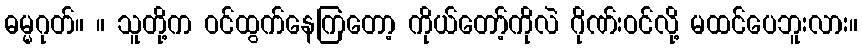
ဓမ္မဂုတ်။ ။ သူတို့က ဝင်ထွက်နေကြတော့ ကိုယ်တော့်ကိုလဲ ဂိုဏ်းဝင်လို့ မထင်ပေဘူးလား။